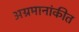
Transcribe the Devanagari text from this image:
अग्रमानांकीत